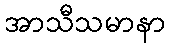
အာသီသမာနာ